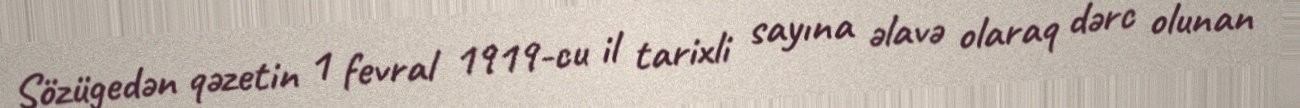
Sözügedən qəzetin 1 fevral 1919-cu il tarixli sayına əlavə olaraq dərc olunan